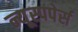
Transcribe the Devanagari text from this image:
न्यूस्पपेर्स